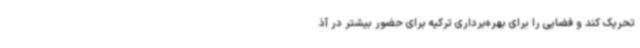
تحریک کند و فضایی را برای بهره‌برداری ترکیه برای حضور بیشتر در آذ